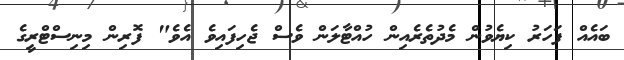
ބައެއް ފަހަރު ކިޔެވުން މެދުތެރެއިން ހުއްޓާލަން ވެސް ޖެހިފައިވެ އެވެ" ފޮރިން މިނިސްޓްރީގެ